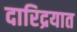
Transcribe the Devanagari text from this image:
दारिद्रयात